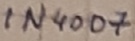
Text: IN4007